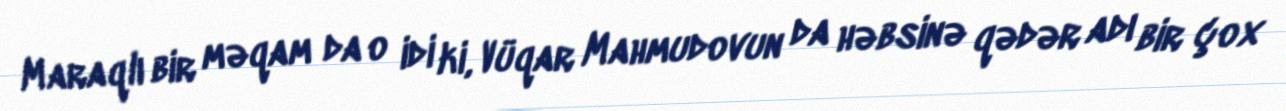
Maraqlı bir məqam da o idi ki, Vüqar Mahmudovun da həbsinə qədər adı bir çox